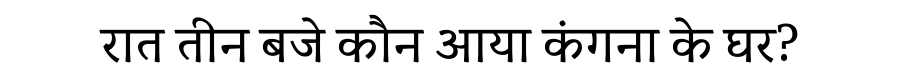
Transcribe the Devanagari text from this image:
रात तीन बजे कौन आया कंगना के घर?